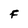
Character: F